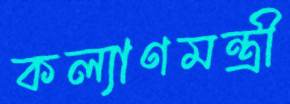
কল্যাণমন্ত্রী